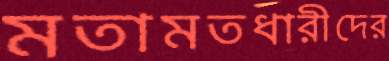
মতামতধারীদের